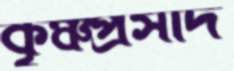
কৃঞ্চপ্রসাদ